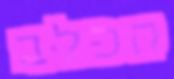
הכלב